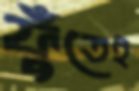
ফুঁতেই